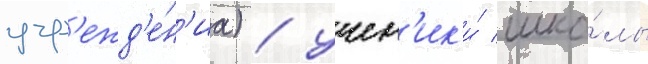
учр'ежд'е́н'иа) / учен'ик'и́ шко́лы